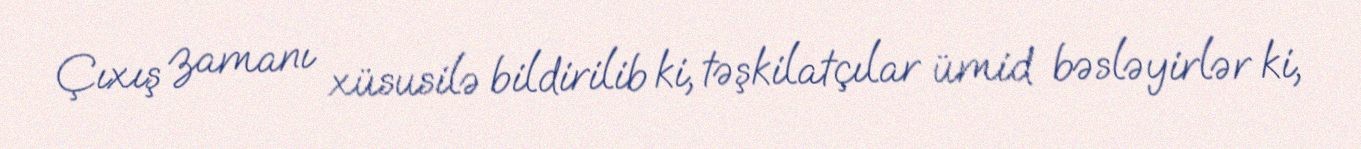
Çıxış zamanı xüsusilə bildirilib ki, təşkilatçılar ümid bəsləyirlər ki,